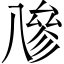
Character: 𠔭